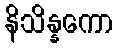
နိသိန္နကော